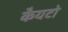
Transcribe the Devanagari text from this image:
कैयटो